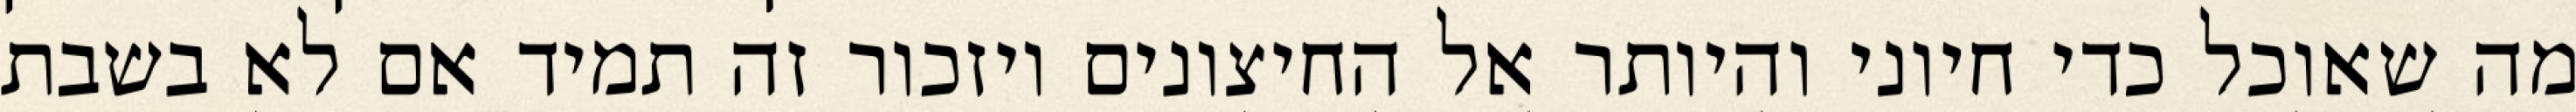
מה שאוכל כדי חיוני והיותר אל החיצונים ויזכור זה תמיד אם לא בשבת